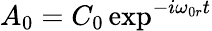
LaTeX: A_{0}=C_{0}\exp^{-i\omega_{0r}t}